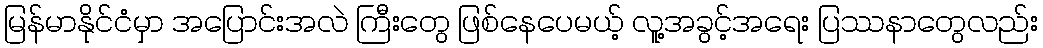
မြန်မာနိုင်ငံမှာ အပြောင်းအလဲ ကြီးတွေ ဖြစ်နေပေမယ့် လူ့အခွင့်အရေး ပြဿနာတွေလည်း